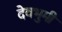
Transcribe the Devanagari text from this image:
देवभुमी